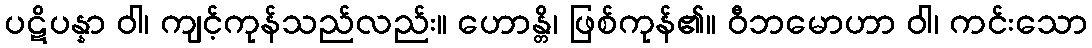
ပဋိပန္နာ ဝါ၊ ကျင့်ကုန်သည်လည်း။ ဟောန္တိ၊ ဖြစ်ကုန်၏။ ဝီဘမောဟာ ဝါ၊ ကင်းသော